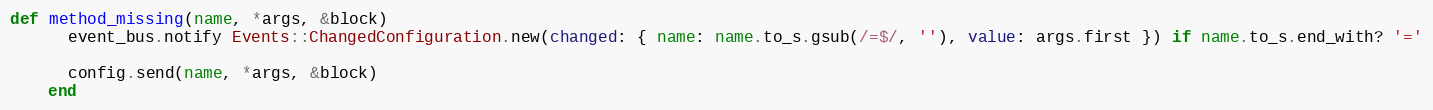
Language: Ruby
def method_missing(name, *args, &block)
      event_bus.notify Events::ChangedConfiguration.new(changed: { name: name.to_s.gsub(/=$/, ''), value: args.first }) if name.to_s.end_with? '='

      config.send(name, *args, &block)
    end